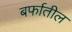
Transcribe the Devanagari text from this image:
बर्फातील